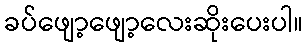
ခပ်ဖျော့ဖျော့လေးဆိုးပေးပါ။